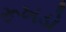
રૂખડો